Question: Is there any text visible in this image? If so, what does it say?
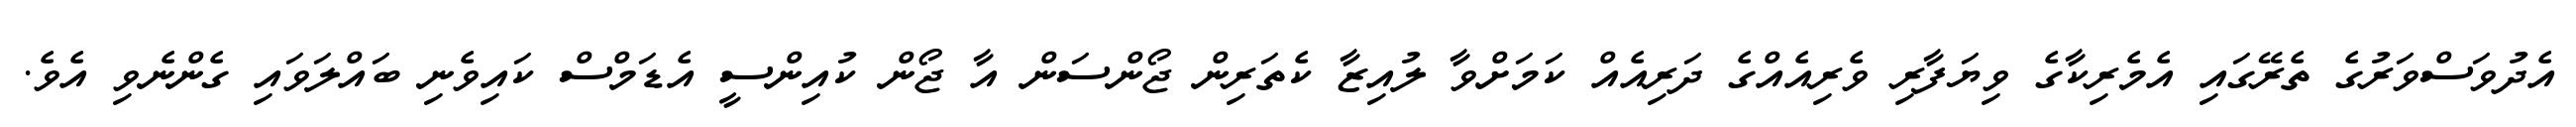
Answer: އެދުވަސްވަރުގެ ތެރޭގައި އެމެރިކާގެ ވިޔަފާރި ވެރިއެއްގެ ދަރިއެއް ކަމަށްވާ ލުއިޒާ ކެތަރިން ޖޯންސަން އާ ޖޯން ކުއިންސީ އެޑަމްސް ކައިވެނި ބައްލަވައި ގެންނެވި އެވެ.